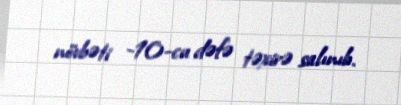
növbəti -10-cu dəfə təxirə salınıb.